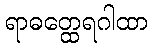
ရာဓတ္ထေရဂါထာ